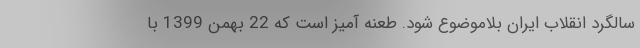
سالگرد انقلاب ایران بلاموضوع شود. طعنه آمیز است که 22 بهمن 1399 با